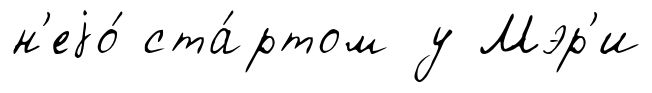
н'еjо́ ста́ртом у Мэр'и